Report of the Hyderabad Chloroform Commission
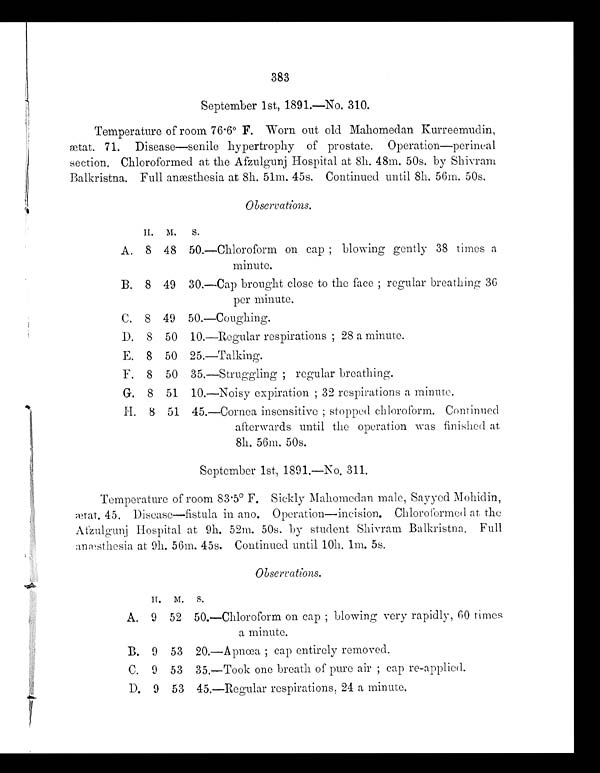
383
September 1st, 1891.—No. 310.
Temperature of room 76 . 6° F. Worn out old Mahomedan Kurreemudin,
ætat. 71. Disease—senile hypertrophy of prostate. Operation—perineal
section. Chloroformed at the Afzulgunj Hospital at 8h. 48m. 50s. by Shivram
Balkristna. Full anæsthesia at 8h. 51m. 45s. Continued until 8h. 56m. 50s.
Observations.
H
.
M .
S .
A. 8 48 50.—Chloroform on cap ; blowing gently 38 times a
minute.
B. 8 49 30.—Cap brought close to the face ; regular breathing 36
per minute.
C. 8 49 50.—Coughing.
D. 8 50 10.—Regular respirations ; 28 a minute.
E. 8 50 25.—Talking.
F. 8 50 35.—Struggling ; regular breathing.
G. 8 51 10.—Noisy expiration ; 32 respirations a minute.
H. 8 51 45.—Cornea insensitive ; stopped chloroform. Continued
afterwards until the operation was finished at
8h. 56m. 50s.
September 1st, 1891.—No. 311.
Temperature of room 83 . 5° F. Sickly Mahomedan male, Sayyed Mohidin,
ætat. 45. Disease—fistula in ano. Operation—incision. Chloroformed at the
Afzulgunj Hospital at 9h. 52m. 50s. by student Shivram Balkristna. Full
anæstliesia at. 9h. 56m. 45s. Continued until 10h. lm. 5s.
Observations.
H .
M .
S .
A. 9 52 50.—Chloroform on cap ; blowing very rapidly, 60 times
a minute.
B. 9 53 20.—Apnœa ; cap entirely removed.
C. 9 53 35.—Took one breath of pure air ; cap re-applied.
D. 9 53 45.—Regular respirations, 24 a minute.